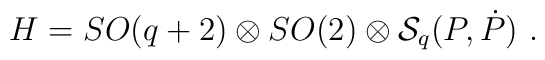
H= SO(q+2)\otimes SO(2) \otimes {\cal S}_q(P,\dot P)\ .